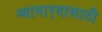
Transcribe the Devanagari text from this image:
व्यापार्‍यासाठी